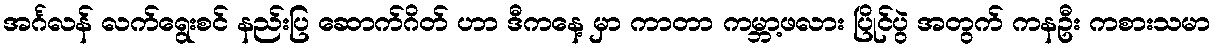
အင်္ဂလန် လက်ရွေးစင် နည်းပြ ဆောက်ဂိတ် ဟာ ဒီကနေ့ မှာ ကာတာ ကမ္ဘာ့ဖလား ပြိုင်ပွဲ အတွက် ကနဦး ကစားသမာ